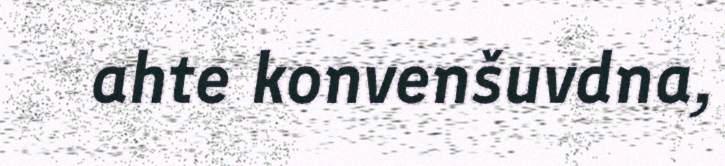
ahte konvenšuvdna,